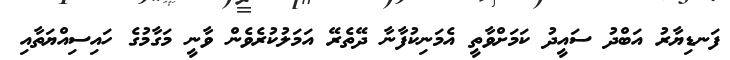
ފަނޑިޔާރު އަބްދު ސައީދު ކަމަށްވާތީ އެމަނިކުފާނާ ދޭތެރޭ އަމަލުކުރެވެން ވާނީ މަގާމުގެ ހައިސިއްޔަތާއި